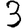
Digit: 3